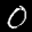
Label: 0